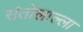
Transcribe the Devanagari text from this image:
संतोलाल्ला